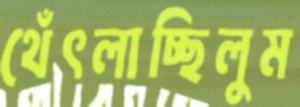
থেঁৎলাচ্ছিলুম